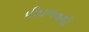
પીઘળવાથી